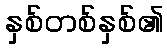
နှစ်တစ်နှစ်၏